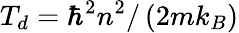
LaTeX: T_{d}=\hbar^{2}n^{2}/\left(2mk_{B}\right)